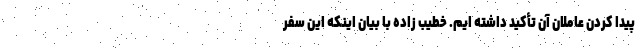
پیدا کردن عاملان آن تأکید داشته ایم. خطیب زاده با بیان اینکه این سفر